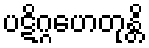
ပဋိဂ္ဂဟေတုန္တိ